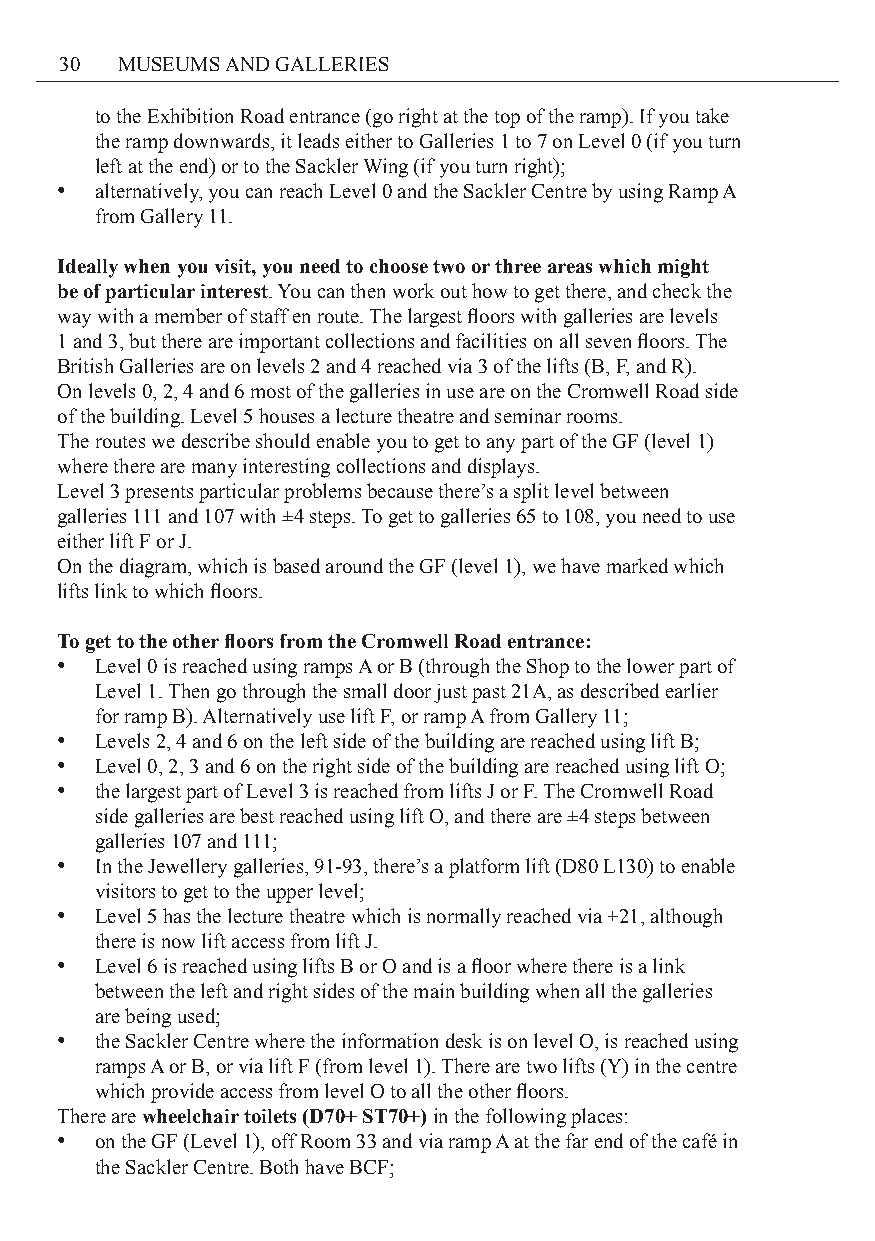
30  MUSEUMS AND GALLERIES
 to the Exhibition Road entrance (go right at the top of the ramp). If you take
 the ramp downwards, it leads either to Galleries 1 to 7 on Level 0 (if you turn
 left at the end) or to the Sackler Wing (if you turn right);
 • alternatively, you can reach Level 0 and the Sackler Centre by using Ramp A
 from Gallery 11.
 Ideally when you visit, you need to choose two or three areas which might
 be of particular interest. You can then work out how to get there, and check the
 way with a member of staff en route. The largest floors with galleries are levels
 1 and 3, but there are important collections and facilities on all seven floors. The
 British Galleries are on levels 2 and 4 reached via 3 of the lifts (B, F, and R).
 On levels 0, 2, 4 and 6 most of the galleries in use are on the Cromwell Road side
 of the building. Level 5 houses a lecture theatre and seminar rooms.
 The routes we describe should enable you to get to any part of the GF (level 1)
 where there are many interesting collections and displays.
 Level 3 presents particular problems because there’s a split level between
 galleries 111 and 107 with ±4 steps. To get to galleries 65 to 108, you need to use
 either lift F or J.
 On the diagram, which is based around the GF (level 1), we have marked which
 lifts link to which floors.
 To get to the other floors from the Cromwell Road entrance:
 • Level 0 is reached using ramps A or B (through the Shop to the lower part of
 Level 1. Then go through the small door just past 21A, as described earlier
 for ramp B). Alternatively use lift F, or ramp A from Gallery 11;
 • Levels 2, 4 and 6 on the left side of the building are reached using lift B;
 • Level 0, 2, 3 and 6 on the right side of the building are reached using lift O;
 • the largest part of Level 3 is reached from lifts J or F. The Cromwell Road
 side galleries are best reached using lift O, and there are ±4 steps between
 galleries 107 and 111;
 • In the Jewellery galleries, 91-93, there’s a platform lift (D80 L130) to enable
 visitors to get to the upper level;
 • Level 5 has the lecture theatre which is normally reached via +21, although
 there is now lift access from lift J.
 • Level 6 is reached using lifts B or O and is a floor where there is a link
 between the left and right sides of the main building when all the galleries
 are being used;
 • the Sackler Centre where the information desk is on level O, is reached using
 ramps A or B, or via lift F (from level 1). There are two lifts (Y) in the centre
 which provide access from level O to all the other floors.
 There are wheelchair toilets (D70+ ST70+) in the following places:
 • on the GF (Level 1), off Room 33 and via ramp A at the far end of the café in
 the Sackler Centre. Both have BCF;